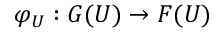
\varphi _ { U } : G ( U ) \to F ( U )